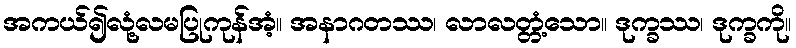
အကယ်၍လုံ့လမပြုကုန်အံ့။ အနာဂတဿ၊ လာလတ္တံ့သော။ ဒုက္ခဿ၊ ဒုက္ခကို။